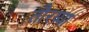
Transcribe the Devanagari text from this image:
तौरय्या